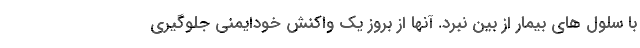
با سلول های بیمار از بین نبرد. آنها از بروز یک واکنش خودایمنی جلوگیری